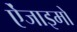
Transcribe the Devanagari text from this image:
ऐंजाइमों